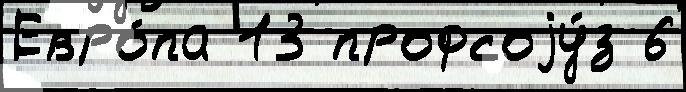
Евро́па 13 профсоjу́з 6